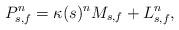
LaTeX: \begin{align*}P_{s,f}^n = \kappa(s)^n M_{s,f} + L_{s,f}^n,\end{align*}